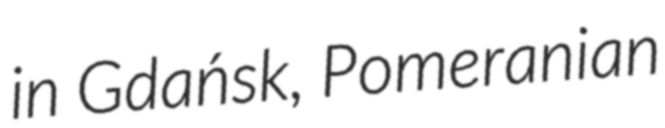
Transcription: in Gdańsk, Pomeranian